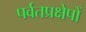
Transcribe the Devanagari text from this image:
पर्वतप्रक्षेपों